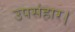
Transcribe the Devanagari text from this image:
उपसंहार।